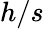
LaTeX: h/s